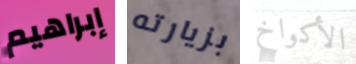
إبراهيم بزيارته الأكواخ